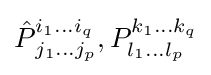
{\hat {P}}_{\,j_{1}\ldots j_{p}}^{i_{1}\ldots i_{q}},P_{l_{1}\ldots l_{p}}^{k_{1}\ldots k_{q}}